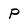
Character: P